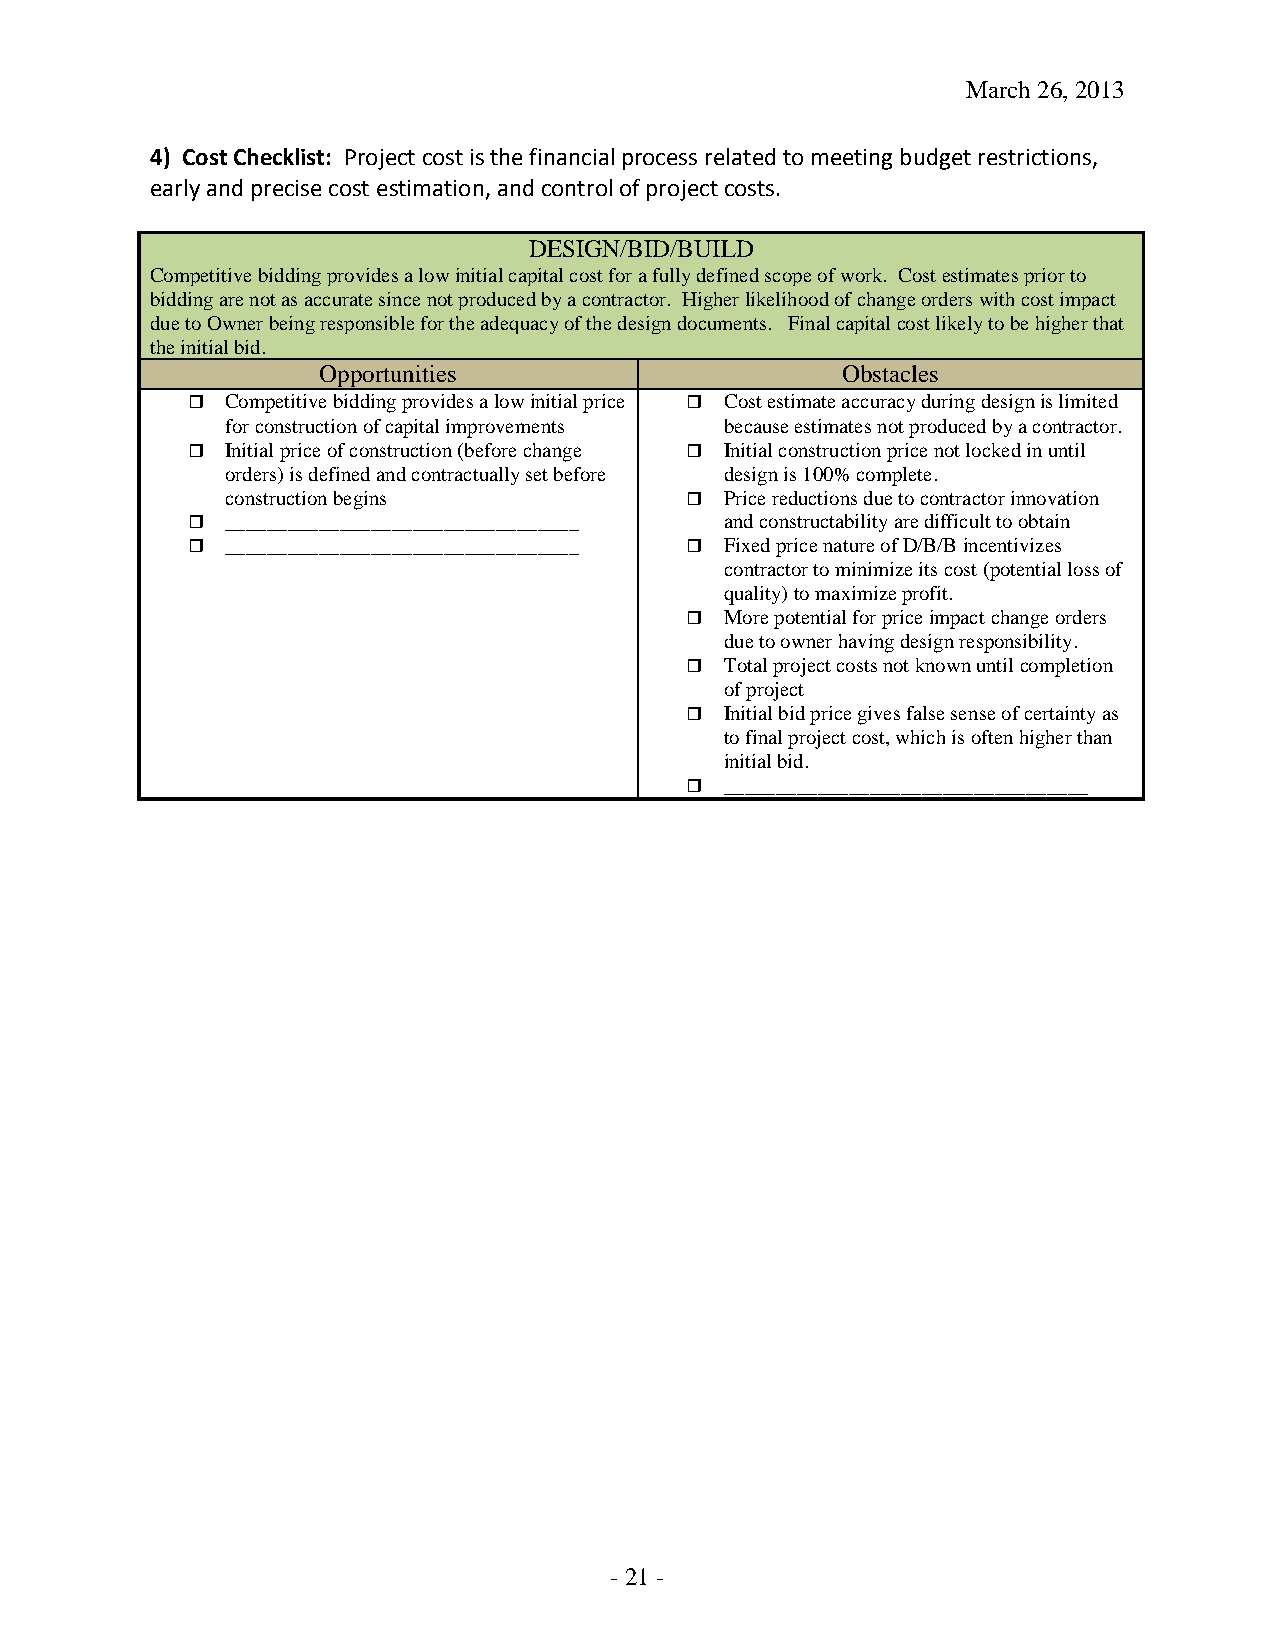
March 26, 2013
 4) Cost Checklist: Project cost is the financial process related to meeting budget restrictions,
 early and precise cost estimation, and control of project costs.
 DESIGN/BID/BUILD
 Competitive bidding provides a low initial capital cost for a fully defined scope of work. Cost estimates prior to
 bidding are not as accurate since not produced by a contractor. Higher likelihood of change orders with cost impact
 due to Owner being responsible for the adequacy of the design documents. Final capital cost likely to be higher that
 the initial bid.
 Opportunities                      Obstacles
   Competitive bidding provides a low initial price  Cost estimate accuracy during design is limited
 for construction of capital improvements because estimates not produced by a contractor.
   Initial price of construction (before change  Initial construction price not locked in until
 orders) is defined and contractually set before design is 100% complete.
 construction begins             Price reductions due to contractor innovation
   __________________________________ and constructability are difficult to obtain
   __________________________________  Fixed price nature of D/B/B incentivizes
 contractor to minimize its cost (potential loss of
 quality) to maximize profit.
   More potential for price impact change orders
 due to owner having design responsibility.
   Total project costs not known until completion
 of project
   Initial bid price gives false sense of certainty as
 to final project cost, which is often higher than
 initial bid.
   ___________________________________
 - 21 -